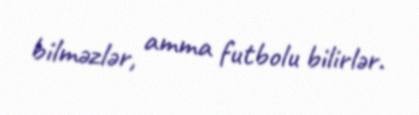
bilməzlər, amma futbolu bilirlər.